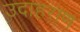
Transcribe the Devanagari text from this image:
उदाहराण